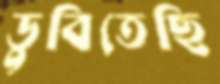
ডুবিতেছি